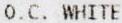
O.C. WHITE